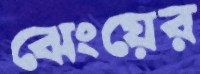
ঝেংয়ের